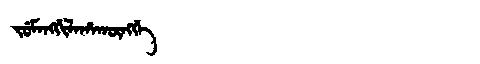
Manchu: ᠵᡠᠮᠠᠩᡤᡳᠯᠠᡥᠠᡴᡡᠩᡤᡝ
Romanization: JUMANGGILAHAKŪNGGE